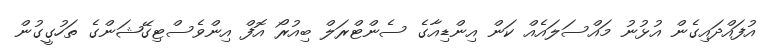
އުފައްދައިގެން އުޅުނު މައްސަލައެއް ކަން އިންޑިއާގެ ސެންޓްރަލް ބިއުރޯ އޮފް އިންވެސްޓިގޭޝަންގެ ތަހުގީގުން